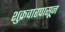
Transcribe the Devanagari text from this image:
शुक्रवारपासून